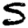
Digit: 5